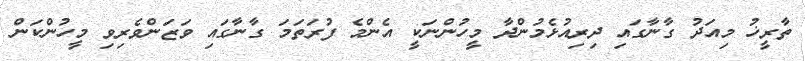
ތާރީޚު މިއަދު ގާނާގައި ދިރިއުޅެމުންދާ މީހުންނަކީ އެންމެ ފުރަތަމަ ގާނާގައި ވަޒަންވެރިވި މީހުންކަން